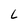
Character: L